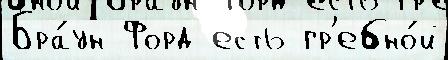
Бра́ун Форд есть гр'ебно́й